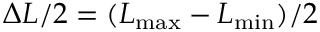
\Delta L / 2 = ( L _ { \mathrm { m a x } } - L _ { \mathrm { m i n } } ) / 2